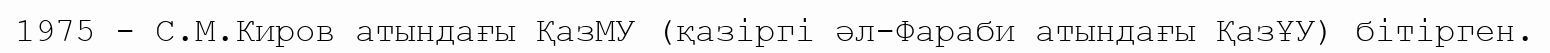
1975 - С.М.Киров атындағы ҚазМУ (қазіргі әл-Фараби атындағы ҚазҰУ) бітірген.